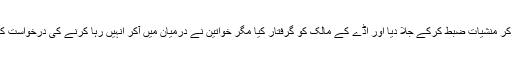
تمپ ہی کے علاقے اسپی کہن میں منشیات کے اڈے پر چھاپہ مارکر منشیات ضبط کرکے جلا دیا اور اڈے کے مالک کو گرفتار کیا مگر خواتین نے درمیان میں آکر اُنہیں رہا کرنے کی درخواست کی ،جس پر اُسے رہا کردیا کہ وہ آئندہ منشیات کا دھندا نہیں کریگا۔